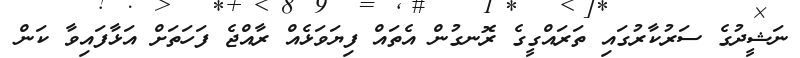
ނަޝީދުގެ ސަރުކާރުގައި ތަރައްގީގެ ރޮނގުން އެތައް ފިޔަވަޅެއް ރާއްޖެ ފަހަތަށް އަޅާފައިވާ ކަން